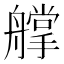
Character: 𦪦